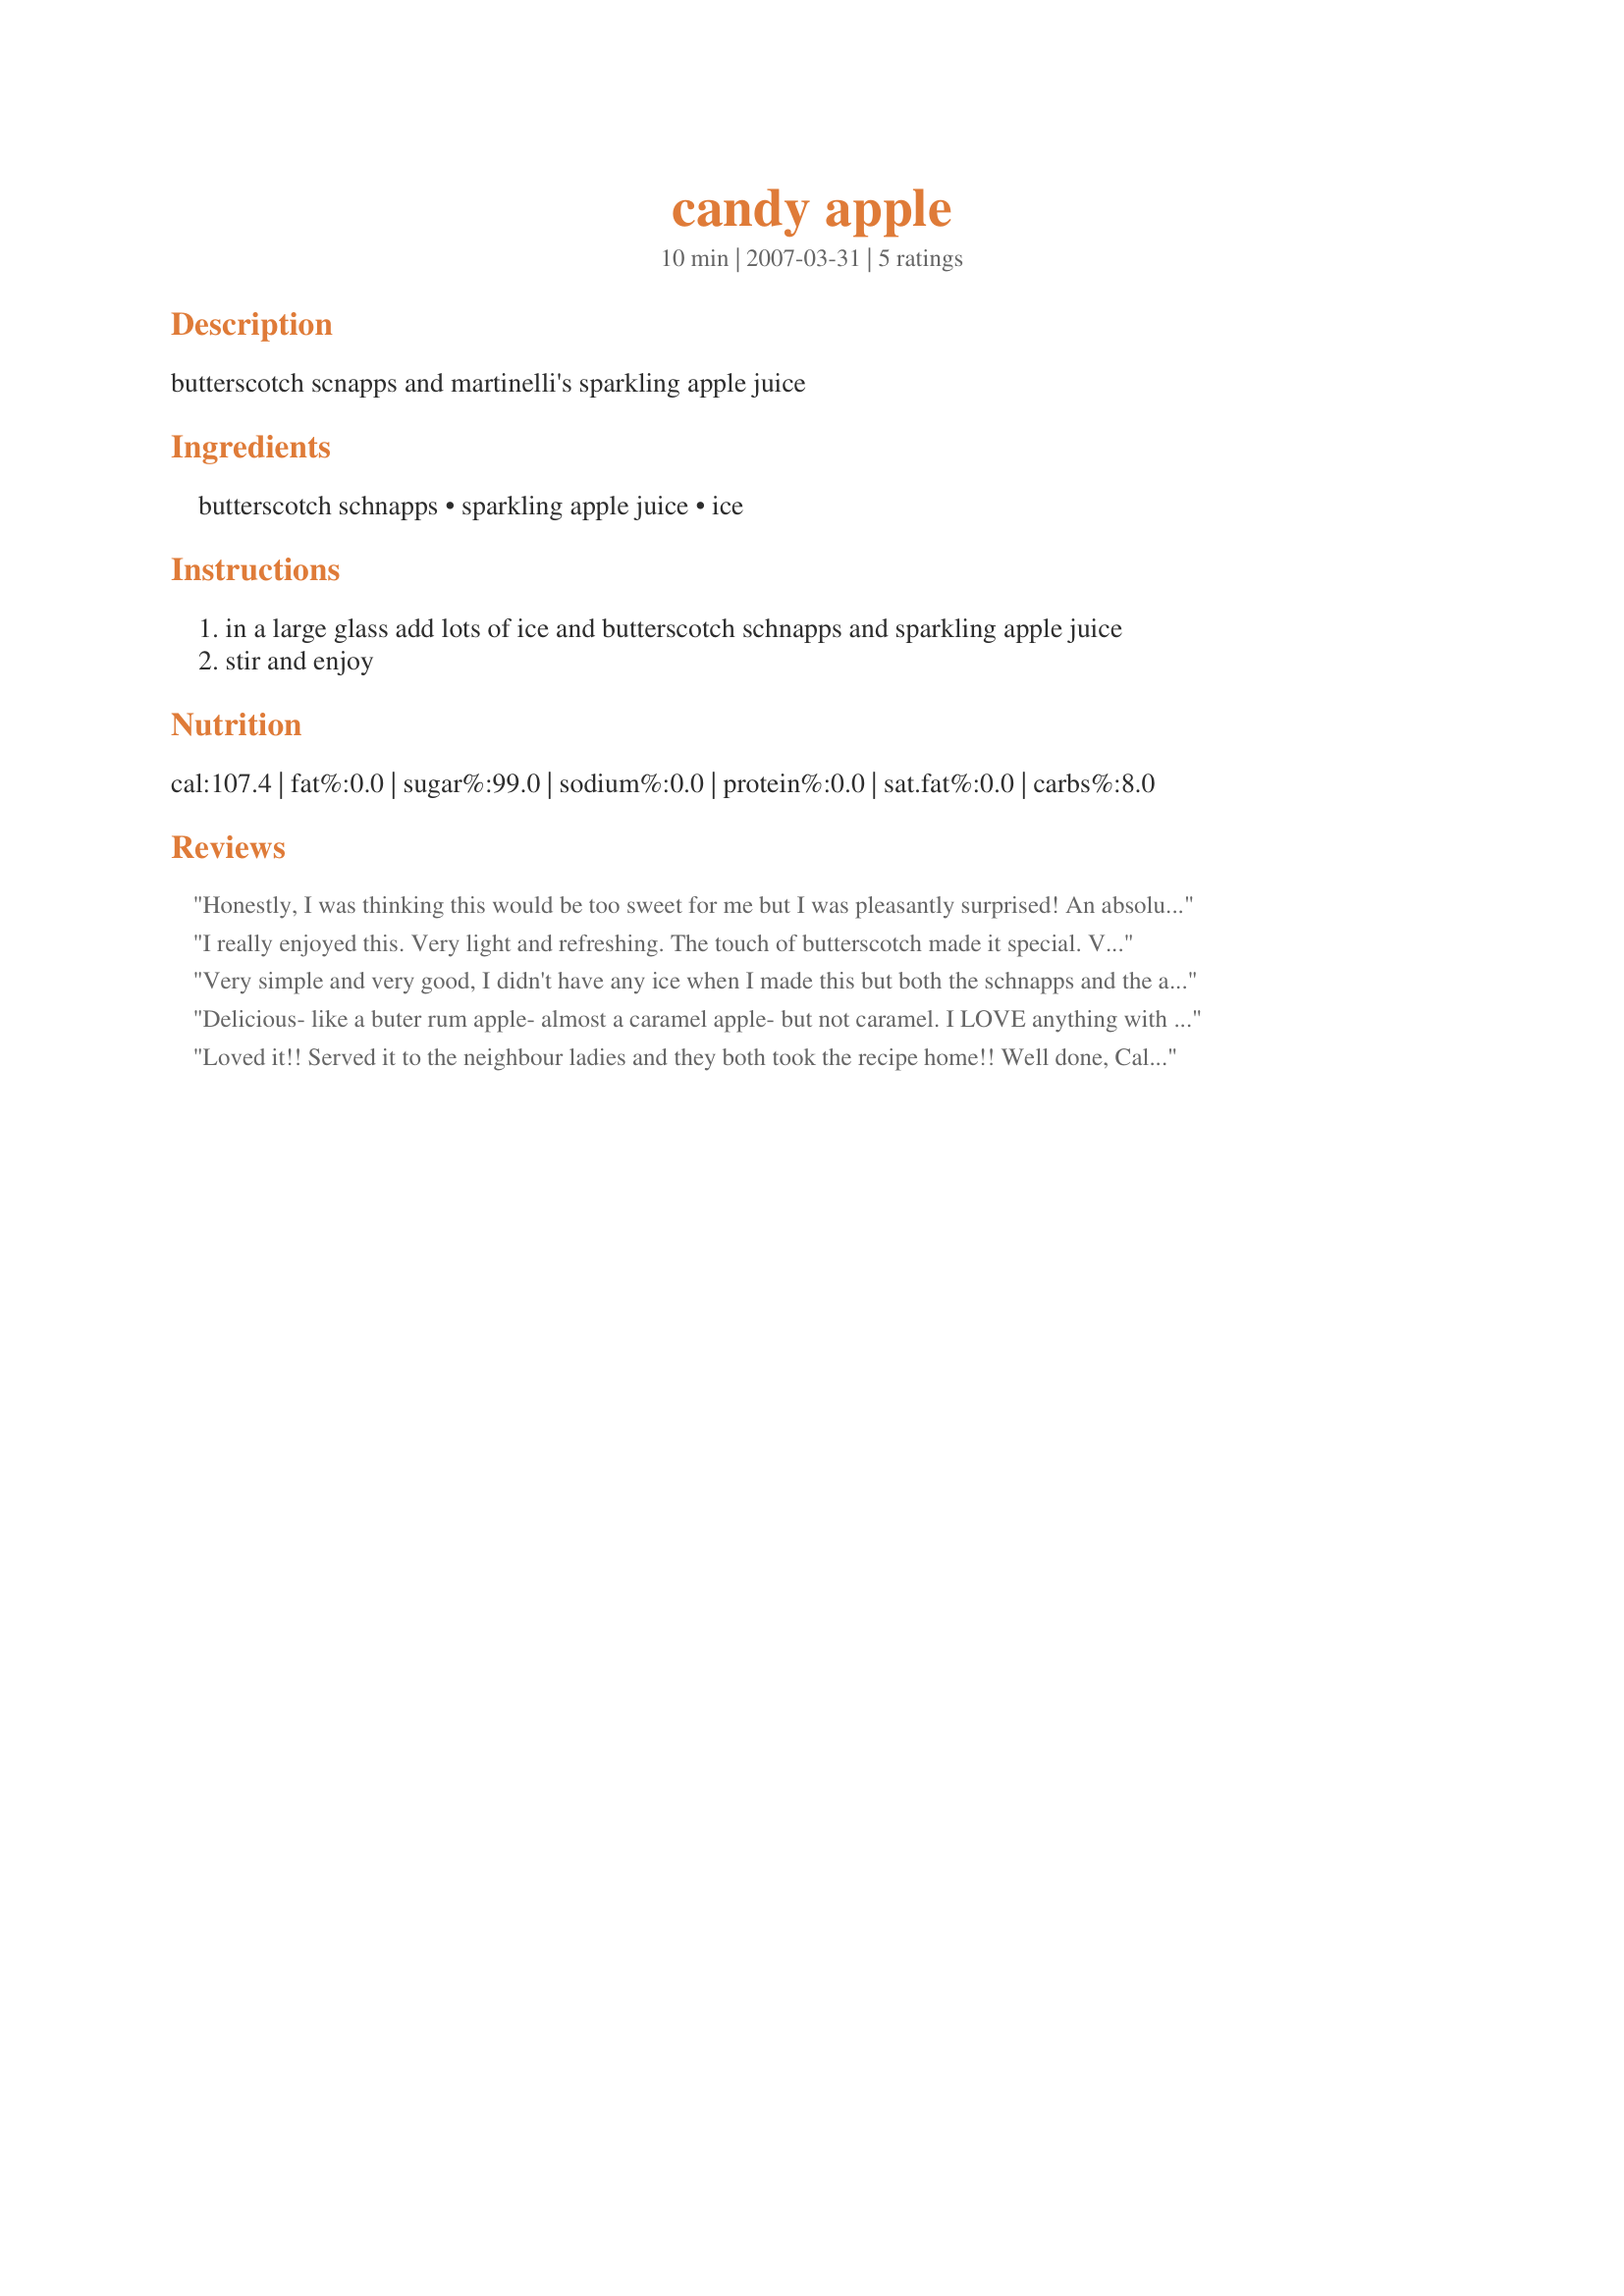
candy apple
Preparation time: 10 minutes

butterscotch scnapps and martinelli's sparkling apple juice

Ingredients:
butterscotch schnapps, sparkling apple juice, ice

Steps:
in a large glass add lots of ice and butterscotch schnapps and sparkling apple juice
stir and enjoy

Reviews:
Honestly, I was thinking this would be too sweet for me but I was pleasantly surprised! An absolutely wonderful and refreshing drink!! Just loved it!!! Thanks Calee
I really enjoyed this. Very light and refreshing. The touch of butterscotch made it special. Very elegant drink. Thank you very much for sharing!
Very simple and very good, I didn't have any ice when I made this but both the schnapps and the apple juice were in the fridge and it didn't really have time to get warm. I used Bel Normande sparkling apple juice.
Delicious- like a buter rum apple- almost a caramel apple- but not caramel. I LOVE anything with Butterscotch and this is a GREAT one!!! Thanks for a keeper, Calee!! I'll make this one again!!
Loved it!! Served it to the neighbour ladies and they both took the recipe home!!
Well done, Calee!!!
